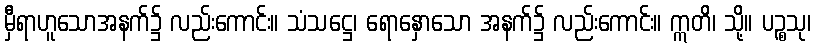
မှီရာဟူသောအနက်၌ လည်းကောင်း။ သံသဋ္ဌေ၊ ရောနှောသော အနက်၌ လည်းကောင်း။ ဣတိ၊ သို့။ ပဉ္စသု၊